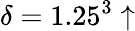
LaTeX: \delta=1.25^{3}\uparrow